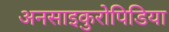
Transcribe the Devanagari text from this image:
अनसाइकुरोपिडिया